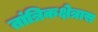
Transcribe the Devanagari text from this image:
तांत्रिकक्षेत्रास